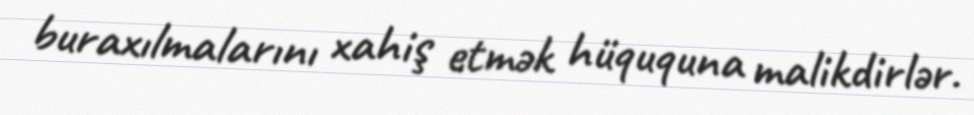
buraxılmalarını xahiş etmək hüququna malikdirlər.